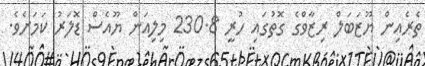
ތެރެއިން ޔޫޒަބަލް ރިޒާވްގެ ގޮތުގައި ހުރީ 230.8 މިލިއަން ޔޫއެސް ޑޮލަރު ކަމަށެވެ.